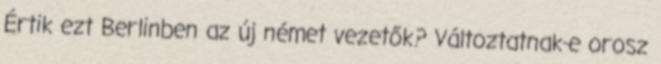
Értik ezt Berlinben az új német vezetők? Változtatnak-e orosz